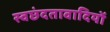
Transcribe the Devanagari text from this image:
स्वछंदतावादियों